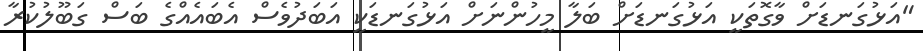
"އަޅުގަނޑަށް ވާގޮތަކީ އަޅުގަނޑަށް ބަލާ މީހުންނަށް އަޅުގަނޑަކީ އަބަދުވެސް އެބައެއްގެ ބަސް ގަބޫލުކުރާ